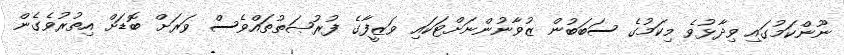
ނޫންކަމުގައި ވިދާޅުވެ މިކަމުގެ ސަބަބުން ޒުވާނުންނަށްޓަކައި ވަޒީފާގެ ފުރުޞަތުތައްވެސް ވަރަށް ބޮޑަށް އިތުރުވެގެން